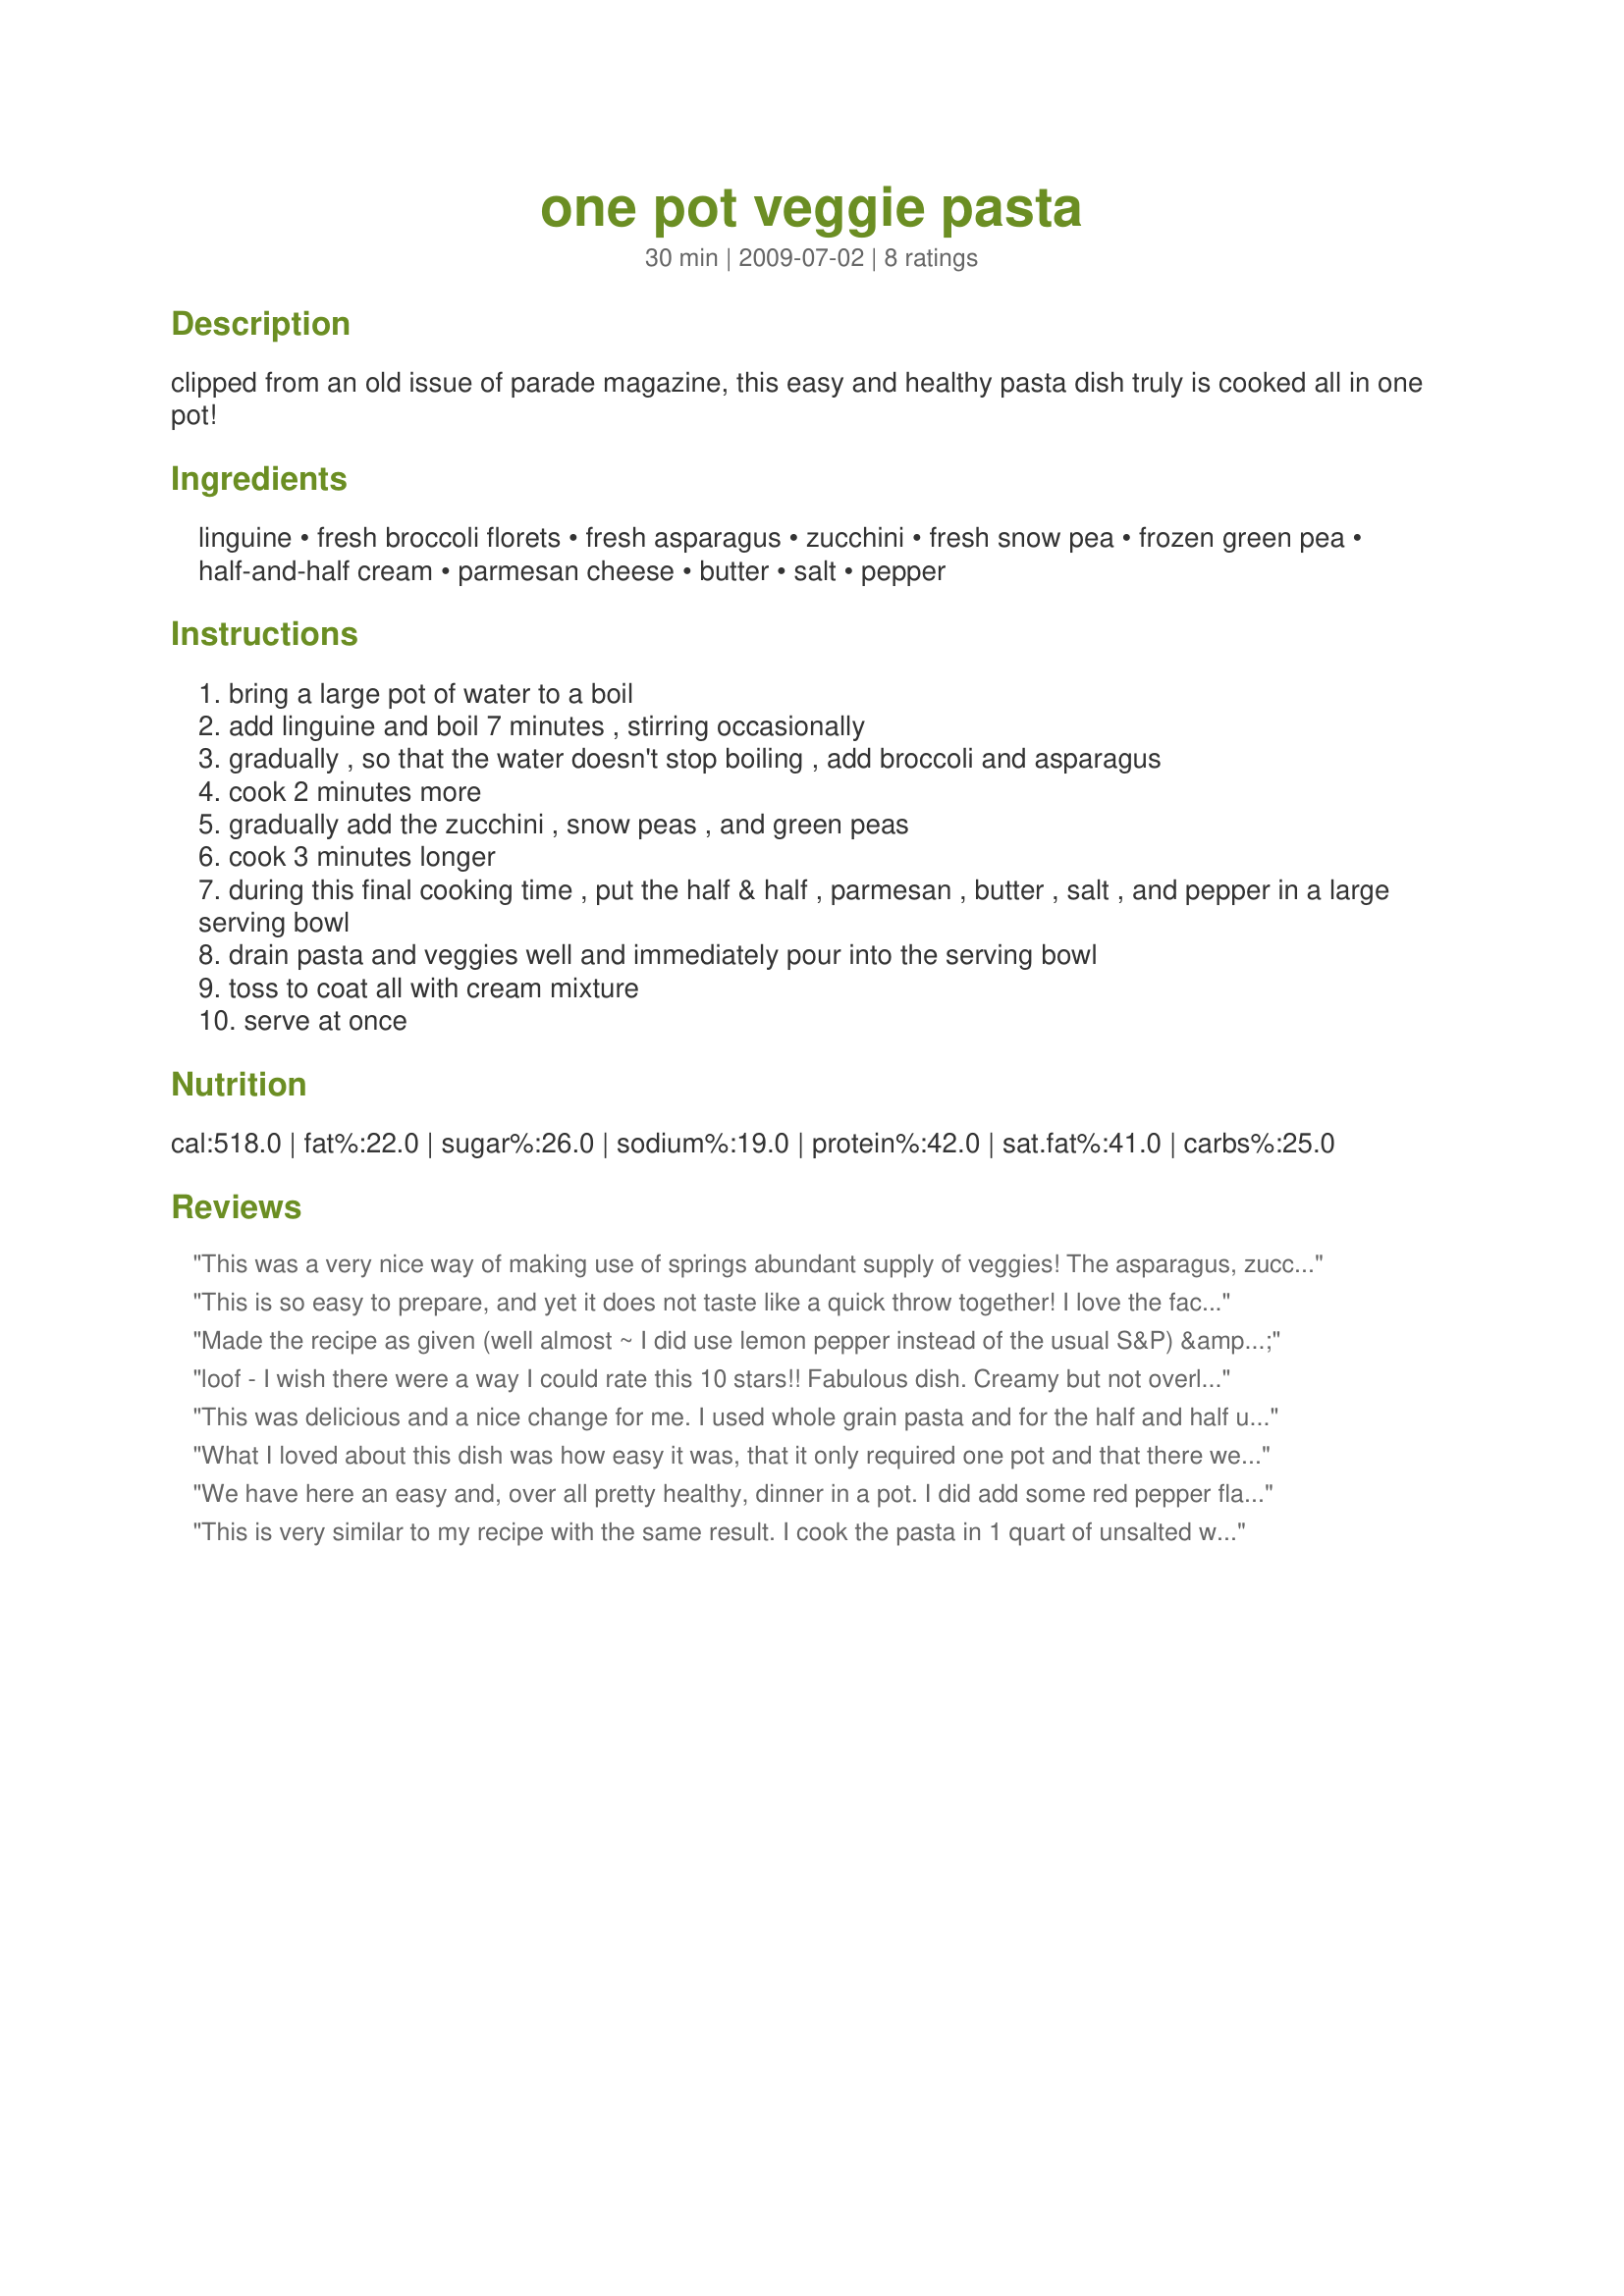
one pot veggie pasta
Preparation time: 30 minutes

clipped from an old issue of parade magazine, this easy and healthy pasta dish truly is cooked all in one pot!

Ingredients:
linguine, fresh broccoli florets, fresh asparagus, zucchini, fresh snow pea, frozen green pea, half-and-half cream, parmesan cheese, butter, salt, pepper

Steps:
bring a large pot of water to a boil
add linguine and boil 7 minutes , stirring occasionally
gradually , so that the water doesn't stop boiling , add broccoli and asparagus
cook 2 minutes more
gradually add the zucchini , snow peas , and green peas
cook 3 minutes longer
during this final cooking time , put the half & half , parmesan , butter , salt , and pepper in a large serving bowl
drain pasta and veggies well and immediately pour into the serving bowl
toss to coat all with cream mixture
serve at once

Reviews:
This was a very nice way of making use of springs abundant supply of veggies! The asparagus, zucchini, peas and broccoli worked together wonderfully and the creamy sauce and cheese made this dish extra special. I scaled the recipe down to serve two and as I was out of snow peas, so simply used more ordinary peas instead.
Also I used gluten-free corn pasta, which worked out nicely, but needed a shorter cooking time.
I would give this recipe 5 stars, cause it was very tasty and worked our perfectly as to your directions. However I felt it lacked something spice wise. I added about 1/8 ts garlic powder, 1/2 ts mixed Italian herbs and 1/8 ts dried chili pepper flakes. That way it was just right for my taste.
THANK YOU SO MUCH for sharing your wonderful recipe with us, loof! I will make it again with my tweaks.
Made and reviewed for The Ingredient of the Month in the Spanish Forum May 2010.
This is so easy to prepare, and yet it does not taste like a quick throw together! I love the fact that it is loaded with so many veggies. However, I must admit that I made a few changes to suit I liking. I omitted the snow peas (only because someone had snacked on them & eaten the whole bag), and instead of using frozen peas, I cut up some fresh sugar snap peas leaving the peas still in sections of the pods. I only cooked my pasta 9 minutes, so the first 5 minutes I cooked the pasta alone, then I added all the veggies except for the zucchini which was added the last minute of cooking. I minced a couple of cloves of garlic as well, and added it to the bowl with the butter, cheese and 1/2 n 1/2. I will definitely be making this again. Thanks for posting. Made and reviewed for the AUS/NZ Recipe Swap #53.
Made the recipe as given (well almost ~ I did use lemon pepper instead of the usual S&P) & had a very nice tasting pasta dish! loved the veggie combo here & will be keeping the recipe around to make again & again! Thanks for sharing the recipe! [Tagged & made in Please Review My Recipe]
loof - I wish there were a way I could rate this 10 stars!! Fabulous dish. Creamy but not overly so and with all the veggies - well it is a dream come true for our family. Now I did goof and forgot to add the green peas and zucchini but we used the broccoli, asparagus and snow peas. This is so wonderful!! My grandson ate a whole bowlful for his dinner (he is only 4!). Just lovely all around. Congrats on your win in the Summer Spectacular event in the Cooking Tag Game forum...but to be honest I think I was the winner with being able to make this dish! I know it will become a staple for our meals!! :)
This was delicious and a nice change for me. I used whole grain pasta and for the half and half used soy milk with a little cornstarch to thicken it up. I did end up adding about a tbls. of cream cheese too. Thanks!
What I loved about this dish was how easy it was, that it only required one pot and that there were so many veggies! That being said, I found it a tad bit bland and ended up adding extra of everything that went in the sauce (plus some garlic). Also, for future chefs - this makes a lot of pasta! Make sure to use a big pot and have lots of hungry mouths ready and waiting :) Thanks for the post!
We have here an easy and, over all pretty healthy, dinner in a pot. I did add some red pepper flakes to the sauce which I think helped. I'm sure that the younger family members would be very happy with it as written. I love all of the veggies and that it isn't drowning in the sauce. I'll happily make this again and maybe add some red or yellow bell pepper strips.
This is very similar to my recipe with the same result. I cook the pasta in 1 quart of unsalted with water (about 1&quot; higher than the pasta). At 7 minutes, add the broccoli and asparagus. Two minutes later, mix in the rest of the veggies. Add small amounts of water only if the water drops below the line of pasta. When the pasta is done, remove the pot from the heat and let the water get absorbed. There will be no need to drain so add the half &amp; half, Parmesan, butter, salt, and pepper. Add more water if needed to thin or add more cheese to thicken. This is truly one-pot as it does not mess up the extra bowl. The nutrients that you boil out of the veggies will be in the meal and not down the drain. The starch water from the pasta will be a thickener.
